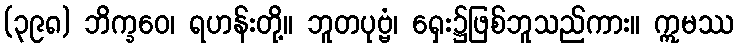
(၃၉၈) ဘိက္ခဝေ၊ ရဟန်းတို့။ ဘူတပုဗ္ဗံ၊ ရှေး၌ဖြစ်ဘူသည်ကား။ ဣမဿ